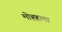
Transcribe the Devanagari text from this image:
मोह्हला